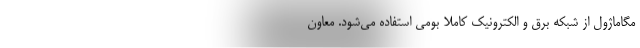
مگاماژول از شبکه برق و الکترونیک کاملا بومی استفاده می‌شود. معاون